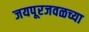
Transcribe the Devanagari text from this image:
जयपूरजवळच्या